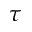
\tau